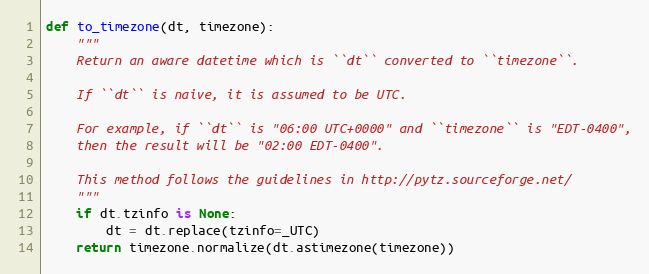
Language: Python
def to_timezone(dt, timezone):
    """
    Return an aware datetime which is ``dt`` converted to ``timezone``.

    If ``dt`` is naive, it is assumed to be UTC.

    For example, if ``dt`` is "06:00 UTC+0000" and ``timezone`` is "EDT-0400",
    then the result will be "02:00 EDT-0400".

    This method follows the guidelines in http://pytz.sourceforge.net/
    """
    if dt.tzinfo is None:
        dt = dt.replace(tzinfo=_UTC)
    return timezone.normalize(dt.astimezone(timezone))